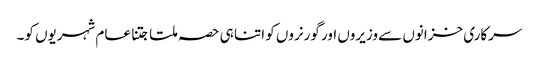
سرکاری خزانوں سے وزیروں اور گورنروں کو اتنا ہی حصہ ملتا جتنا عام شہریوں کو۔